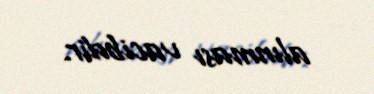
alınması vacibdir.